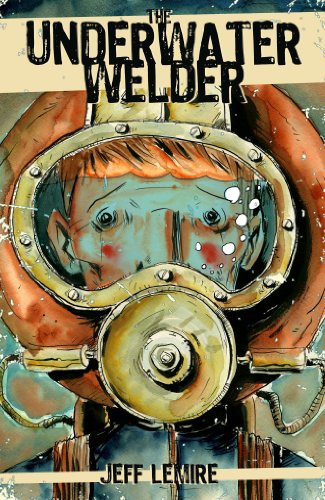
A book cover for The Underwater Welder; Jeff Lemire; Comics & Graphic Novels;